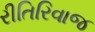
રીતિરિવાજ